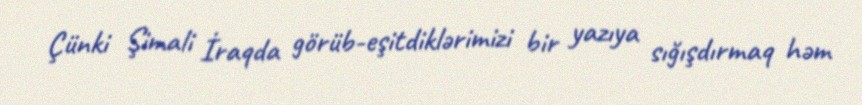
Çünki Şimali İraqda görüb-eşitdiklərimizi bir yazıya sığışdırmaq həm